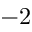
- 2